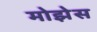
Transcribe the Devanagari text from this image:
मोझेेस